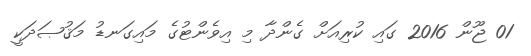
01 ޖޫން 2016 ގައި ކުރިއަށް ގެންދާ މި އިވެންޓުގެ މައިގަނޑު މަޤުޞަދަކީ